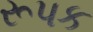
રૂપક